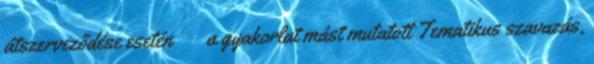
átszerveződése esetén  a gyakorlat mást mutatott Tematikus szavazás,